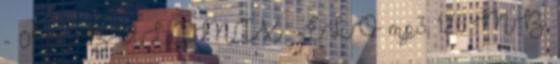
- 01 A BULIMIX - ÉLÖ mp3, 12.6 MB